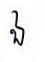
ឯ